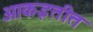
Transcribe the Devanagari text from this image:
आकइतीत